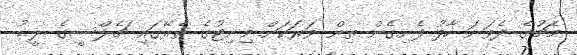
މެޗުގެ ދެވަނަ ހާފު ފެށިގެން ތިން ވަރަކަށް މިނިޓުގެ ތެރޭގައި ޗެލްސީގެ ލީޑު